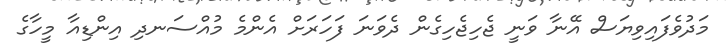
މަދުވެފައިވިޔަސް އޭނާ ވަނީ ޖެހިޖެހިގެން ދެވަނަ ފަހަރަށް އެންމެ މުއްސަނދި އިންޑިއާ މީހާގެ